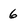
Character: 6